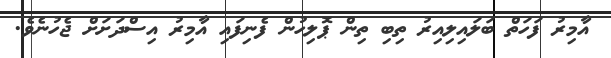
އާމިރު ފަހަތް ބަލައިލިއިރު ތިބި ތިން ޕޮލިހުން ފެނިފައި އާމިރު އިސްދަށަށް ޖެހުނެވެ.